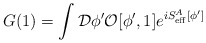
\begin{align*}G(1)=\int {\cal D}\phi^\prime {\cal O}[\phi^\prime,1]e^{iS^A_{\rm eff}[\phi^\prime]}\end{align*}